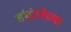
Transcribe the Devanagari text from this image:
संघंटनेच्या